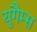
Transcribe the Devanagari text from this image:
युगैम्स